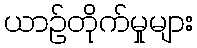
ယာဉ်တိုက်မှုများ